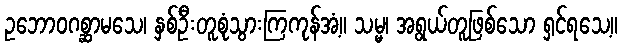
ဥဘောဝဂစ္ဆာမသေ၊ နှစ်ဦးတူစုံသွားကြကုန်အံ့။ သမ္မ၊ အရွယ်တူဖြစ်သော ရှင်ရသေ့။